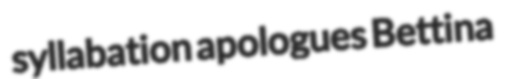
syllabation apologues Bettina